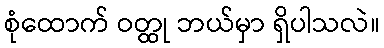
စုံထောက် ဝတ္ထု ဘယ်မှာ ရှိပါသလဲ။